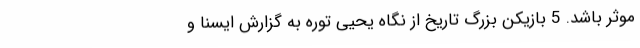
موثر باشد. 5 بازیکن بزرگ تاریخ از نگاه یحیی توره به گزارش ایسنا و